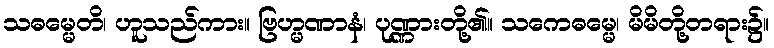
သဓမ္မေတိ၊ ဟူသည်ကား။ ဗြဟ္မဏာနံ၊ ပုဏ္ဏားတို့၏။ သကေဓမ္မေ၊ မိမိတို့တရား၌။